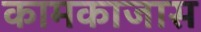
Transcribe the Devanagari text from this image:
कामकाजास